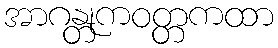
အာဂန္တုကဝတ္တကထာ